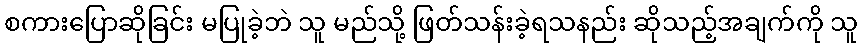
စကားပြောဆိုခြင်း မပြုခဲ့ဘဲ သူ မည်သို့ ဖြတ်သန်းခဲ့ရသနည်း ဆိုသည့်အချက်ကို သူ